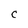
Character: C